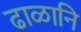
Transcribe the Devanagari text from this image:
ढाळानि